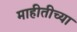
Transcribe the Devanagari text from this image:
माहीतीच्या